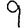
Digit: 9